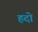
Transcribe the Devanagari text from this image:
हदो